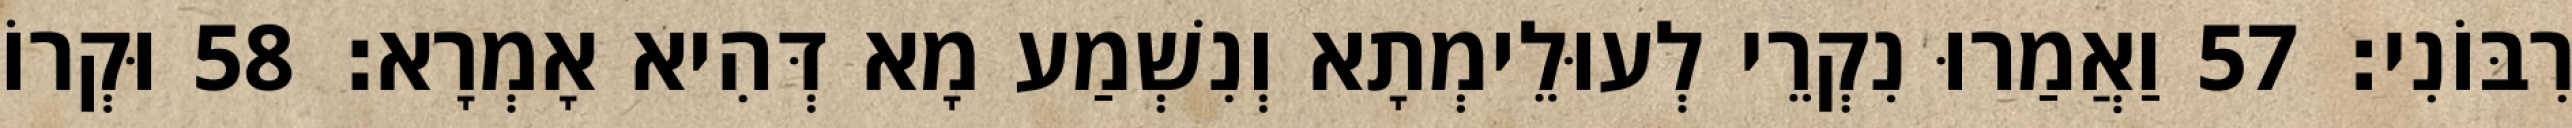
רִבּוֹנִי׃ 57 וַאֲמַרוּ נִקְרֵי לְעוּלֵימְתָא וְנִשְׁמַע מָא דְּהִיא אָמְרָא׃ 58 וּקְרוֹ